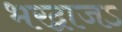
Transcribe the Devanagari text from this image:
भरद्वाजऽ